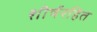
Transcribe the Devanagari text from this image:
शीर्षरहित